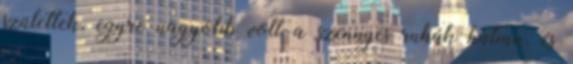
születtek, egyre nagyobb volt a szennyes ruhák halma, és